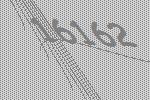
16162